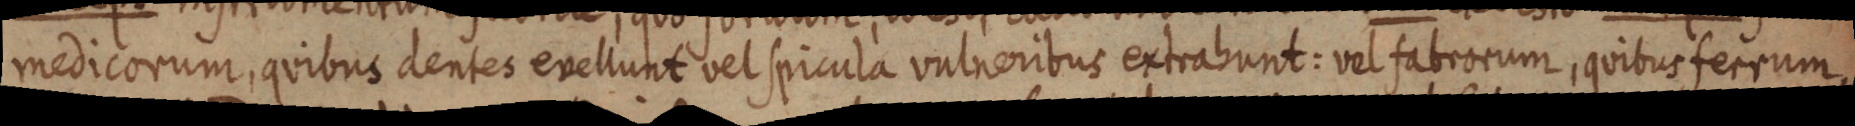
medicorum, quibus dentes evellunt vel spicula vulneribus extrabunt: vel fabrorum, quibus ferrum,